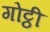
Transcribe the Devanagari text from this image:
गोट्ठी